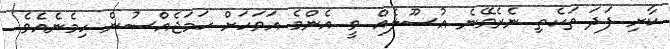
ކާށި ފަދަ ތަކެތި ނެރެވޭނެ އުސޫލެއް ވީ އެންމެ އަވަހަށް ހަމަޖެއްސުން ހިމެނެއެވެ.